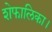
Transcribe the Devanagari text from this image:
शेफालिका।